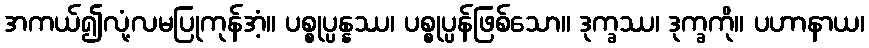
အကယ်၍လုံ့လမပြုကုန်အံ့။ ပစ္စုပ္ပန္နဿ၊ ပစ္စုပ္ပန်ဖြစ်သော။ ဒုက္ခဿ၊ ဒုက္ခကို။ ပဟာနာယ၊